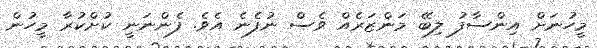
މީހުނަށް އިންސާފު ލިބޭ މަންޒަރެއް ވެސް ނުފެނެ އެވެ. ފެންނަނީ ކުށްކުރާ މީހުން